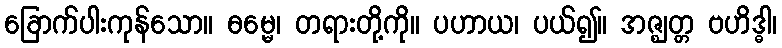
ခြောက်ပါးကုန်သော။ ဓမ္မေ၊ တရားတို့ကို။ ပဟာယ၊ ပယ်၍။ အဇ္ဈတ္တ ဗဟိဒ္ဓါ၊